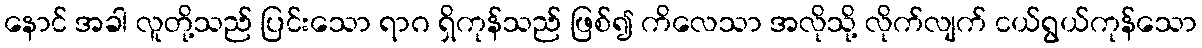
နောင် အခါ လူတို့သည် ပြင်းသော ရာဂ ရှိကုန်သည် ဖြစ်၍ ကိလေသာ အလိုသို့ လိုက်လျက် ငယ်ရွယ်ကုန်သော